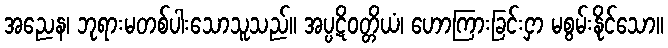
အညေန၊ ဘုရားမတစ်ပါးသောသူသည်။ အပ္ပဋိဝတ္တိယံ၊ ဟောကြားခြင်းငှာ မစွမ်းနိုင်သော။